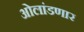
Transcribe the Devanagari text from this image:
ओलांडणार